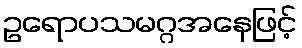
ဥရောပသမဂ္ဂအနေဖြင့်